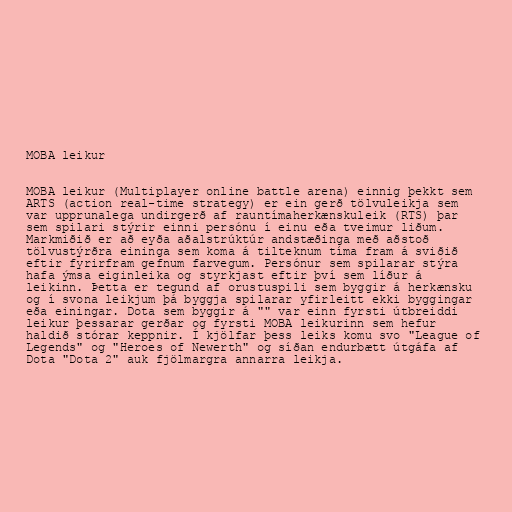
MOBA leikur

MOBA leikur (Multiplayer online battle arena) einnig þekkt sem
ARTS (action real-time strategy) er ein gerð tölvuleikja sem
var upprunalega undirgerð af rauntímaherkænskuleik (RTS) þar
sem spilari stýrir einni persónu í einu eða tveimur liðum.
Markmiðið er að eyða aðalstrúktúr andstæðinga með aðstoð
tölvustýrðra eininga sem koma á tilteknum tíma fram á sviðið
eftir fyrirfram gefnum farvegum. Persónur sem spilarar stýra
hafa ýmsa eiginleika og styrkjast eftir því sem líður á
leikinn. Þetta er tegund af orustuspili sem byggir á herkænsku
og í svona leikjum þá byggja spilarar yfirleitt ekki byggingar
eða einingar. Dota sem byggir á "" var einn fyrsti útbreiddi
leikur þessarar gerðar og fyrsti MOBA leikurinn sem hefur
haldið stórar keppnir. Í kjölfar þess leiks komu svo "League of
Legends" og "Heroes of Newerth" og síðan endurbætt útgáfa af
Dota "Dota 2" auk fjölmargra annarra leikja.